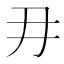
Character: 𭃂